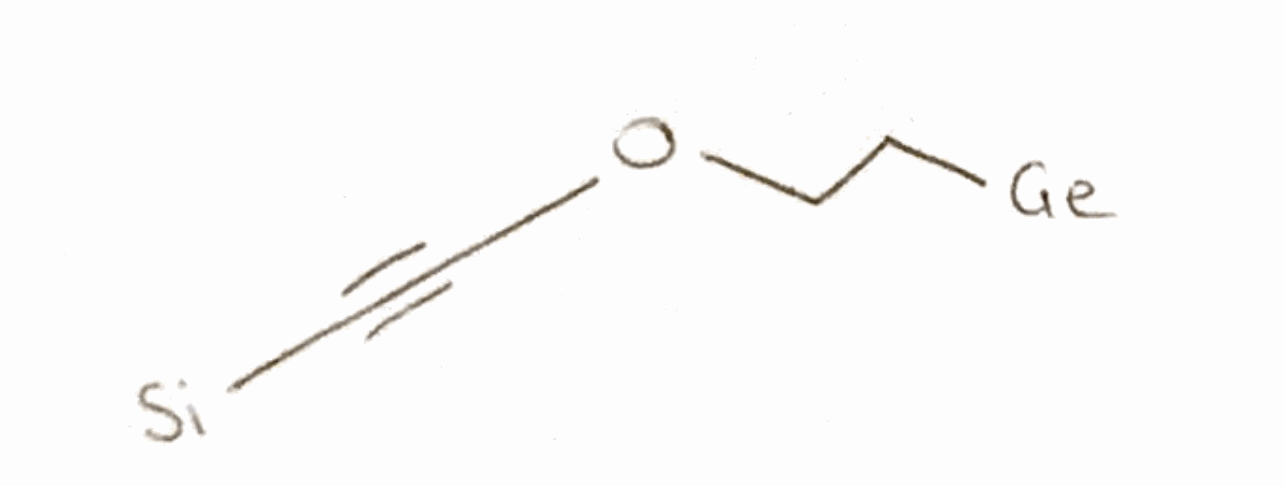
Simplified molecular-input line-entry system (SMILES) notation of the given molecule:
C(C[Ge])OC#C[Si]